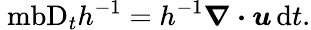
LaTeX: \mathrm{\ mb{D}}_{t}h^{-1}=h^{-1}\boldsymbol{\nabla}\boldsymbol{\cdot}\boldsymbol{u}\, \mathrm{d}t.